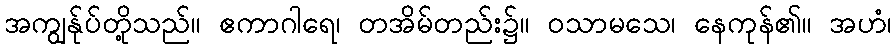
အကျွန်ုပ်တို့သည်။ ဧကာဂါရေ၊ တအိမ်တည်း၌။ ဝသာမသေ၊ နေကုန်၏။ အဟံ၊